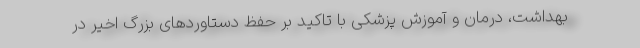
بهداشت، درمان و آموزش پزشکی با تاکید بر حفظ دستاوردهای بزرگ اخیر در